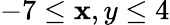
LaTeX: -7\leq\mathbf{x},y\leq4